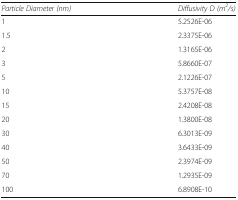
<table><thead><tr><td><b><i>Particle Diameter (nm)</i></b></td><td><b><i>Diffusivity D (m</i><sup><i>2</i></sup><i>/s)</i></b></td></tr></thead><tbody><tr><td>1</td><td>5.2526E-06</td></tr><tr><td>1.5</td><td>2.3375E-06</td></tr><tr><td>2</td><td>1.3165E-06</td></tr><tr><td>3</td><td>5.8660E-07</td></tr><tr><td>5</td><td>2.1226E-07</td></tr><tr><td>10</td><td>5.3757E-08</td></tr><tr><td>15</td><td>2.4208E-08</td></tr><tr><td>20</td><td>1.3800E-08</td></tr><tr><td>30</td><td>6.3013E-09</td></tr><tr><td>40</td><td>3.6433E-09</td></tr><tr><td>50</td><td>2.3974E-09</td></tr><tr><td>70</td><td>1.2935E-09</td></tr><tr><td>100</td><td>6.8908E-10</td></tr></tbody></table>